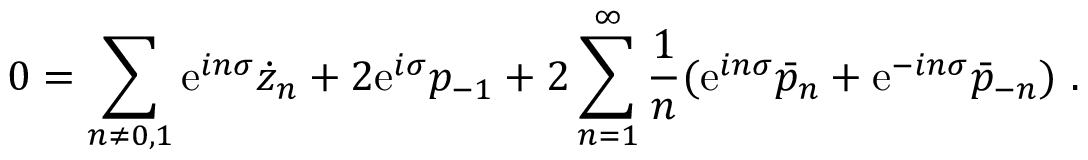
0 = \sum _ { n \neq 0 , 1 } \mathrm { e } ^ { i n \sigma } \dot { z } _ { n } + 2 \mathrm { e } ^ { i \sigma } p _ { - 1 } + 2 \sum _ { n = 1 } ^ { \infty } { \frac { 1 } { n } } ( \mathrm { e } ^ { i n \sigma } \bar { p } _ { n } + \mathrm { e } ^ { - i n \sigma } \bar { p } _ { - n } ) \ .